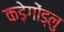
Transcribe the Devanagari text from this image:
कड़ेगोंड्लु